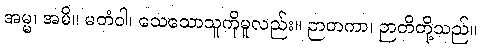
အမ္မ၊ အမိ။ မတံဝါ၊ သေသောသူကိုမူလည်း။ ဉာတကာ၊ ဉာတိတို့သည်။